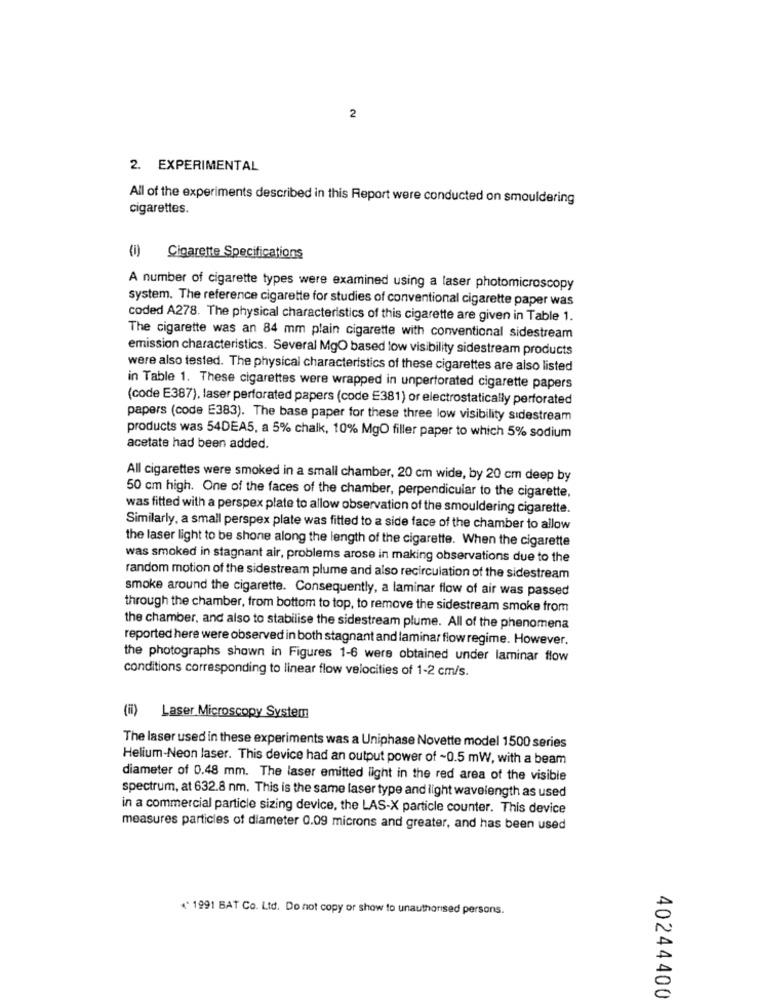
2
2. EXPERIMENTAL
All of the experiments described in this Report were conducted on smouldering
cigarettes.
(i) Cigarette Specifications
A number of cigarette types were examined using a laser photomicroscopy
system. The reference cigarette for studies of conventional cigarette paper was
coded A278. The physical characteristics of this cigarette are given in Table 1.
The cigarette was an 84 mm plain cigarette with conventional sidestream
emission characteristics. Several MgO based low visibility sidestream products
were also tested. The physical characteristics of these cigarettes are also listed
in Table 1. These cigarettes were wrapped in unperforated cigarette papers
(code E387), laser perforated papers (code E381) or electrostatically perforated
papers (code E383). The base paper for these three low visibility sidestream
products was 54DEA5, a 5% chalk, 10% MgO filler paper to which 5% sodium
acetate had been added.
All cigarettes were smoked in a small chamber, 20 cm wide, by 20 cm deep by
50 cm high. One of the faces of the chamber, perpendicular to the cigarette,
was fitted with a perspex plate to allow observation of the smouldering cigarette.
Similarly, a small perspex plate was fitted to a side face of the chamber to allow
the laser light to be shone along the length of the cigarette. When the cigarette
was smoked in stagnant air, problems arose in making observations due to the
random motion of the sidestream plume and also recirculation of the sidestream
smoke around the cigarette. Consequently, a laminar flow of air was passed
through the chamber, from bottom to top, to remove the sidestream smoke from
the chamber, and also to stabilise the sidestream plume. All of the phenomena
reported here were observed in both stagnant and laminar flow regime. However.
the photographs shown in Figures 1-6 were obtained under laminar flow
conditions corresponding to linear flow velocities of 1-2 cm/s.
(ii) Laser Microscopy System
The laser used in these experiments was a Uniphase Novette model 1500 series
Helium-Neon laser. This device had an output power of ~0.5 mW, with a beam
diameter of 0.48 mm. The laser emitted light in the red area of the visible
spectrum, at 632.8 nm. This is the same laser type and light wavelength as used
in a commercial particle sizing device, the LAS-X particle counter. This device
measures particles of diameter 0.09 microns and greater, and has been used
* 1991 BAT Co. Ltd. Do not copy or show to unauthorised persons.
40244400